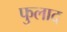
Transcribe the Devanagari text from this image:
फुलाद